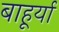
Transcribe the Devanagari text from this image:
बाहूर्या